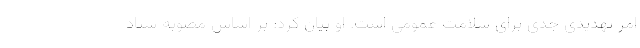
امر تهدیدی جدی برای سلامت عمومی است. او بیان کرد: بر اساس مصوبه ستاد